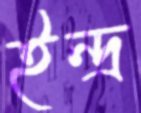
ইন্দ্র